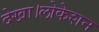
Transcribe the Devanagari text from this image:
देखा।लोकेशन